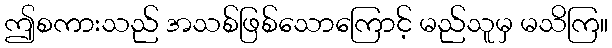
ဤစကားသည် အသစ်ဖြစ်သောကြောင့် မည်သူမှ မသိကြ။